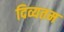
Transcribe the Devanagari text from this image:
दिव्यतम